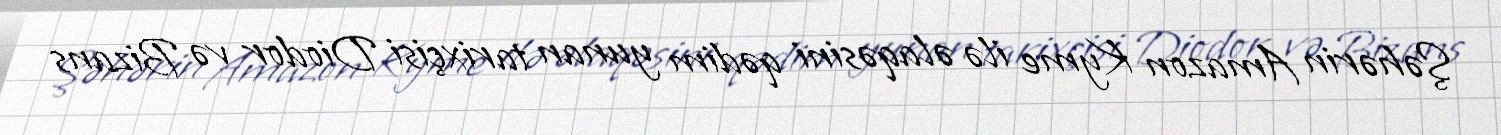
Şəhərin Amazon Kyme ilə əlaqəsini qədim yunan tarixçisi Diodor və Bizans